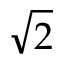
\sqrt { 2 }